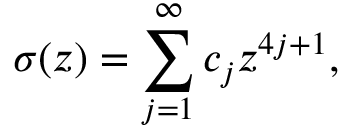
\sigma ( z ) = \sum _ { j = 1 } ^ { \infty } { c } _ { j } z ^ { 4 j + 1 } ,